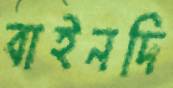
বাইনদি